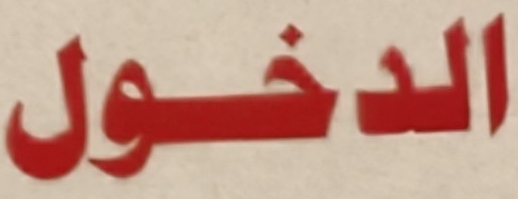
الدخول